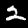
Digit: 2